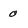
Character: 0